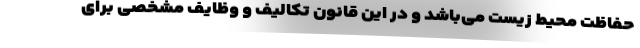
حفاظت محیط زیست می‌باشد و در این قانون تکالیف و وظایف مشخصی برای